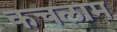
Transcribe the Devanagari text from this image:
कचलाम